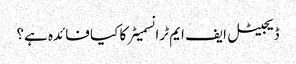
ڈیجیٹل ایف ایم ٹرانسمیٹر کا کیا فائدہ ہے؟